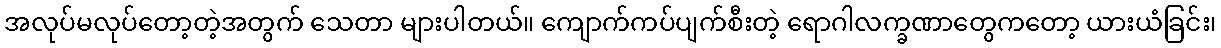
အလုပ်မလုပ်တော့တဲ့အတွက် သေတာ များပါတယ်။ ကျောက်ကပ်ပျက်စီးတဲ့ ရောဂါလက္ခဏာတွေကတော့ ယားယံခြင်း၊